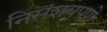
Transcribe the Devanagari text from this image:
निसंशयपणे